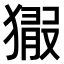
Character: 𤡘